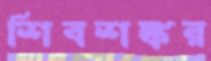
শিবশঙ্কর